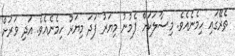
ތެރޭގައި ހިމެނެއެވެ. މިސާލަކަށް ފެމުނު މިޔަރު ފަދަ މިޔަރު ހިމެނެއެވެ. އަދި ވަރަށް